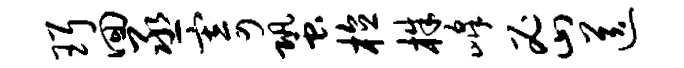
珥回丞寄蛩植株峰密送